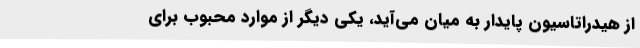
از هیدراتاسیون پایدار به میان می‌آید، یکی دیگر از موارد محبوب برای